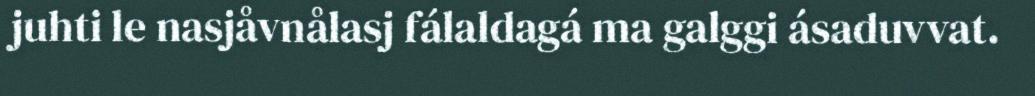
juhti le nasjåvnålasj fálaldagá ma galggi ásaduvvat.